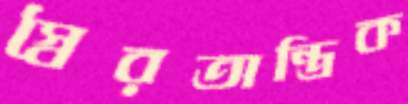
স্বৈরতান্ত্রিক